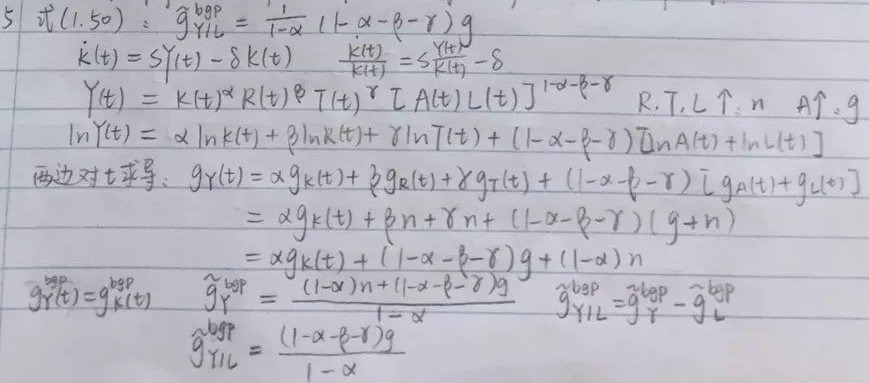
5 式(1.50)：
\(\widetilde{g}_{YIL}^{bsp}=\frac{1}{1 - \alpha}(1-\alpha-\beta - \gamma)g\)

\(\dot{k}(t)=sY(t)-\delta k(t)\)，\(\frac{\dot{k}(t)}{k(t)} = s\frac{Y(t)}{k(t)}-\delta\)

\(Y(t)=K(t)^{\alpha}R(t)^{\beta}T(t)^{\gamma}[A(t)L(t)]^{1 - \alpha-\beta - \gamma}\)，其中\(R\)、\(T\)、\(L\)的增长率为\(n\)，\(A\)的增长率为\(g\)

\(\ln Y(t)=\alpha\ln k(t)+\beta\ln R(t)+\gamma\ln T(t)+(1 - \alpha-\beta - \gamma)[\ln A(t)+\ln L(t)]\)两边对\(t\)求导：
\(\begin{align*}
g_Y(t)&=\alpha g_K(t)+\beta g_R(t)+\gamma g_T(t)+(1 - \alpha-\beta - \gamma)[g_A(t)+g_L(t)]\\
&=\alpha g_K(t)+\beta n+\gamma n+(1 - \alpha-\beta - \gamma)(g + n)\\
&=\alpha g_K(t)+(1 - \alpha-\beta - \gamma)g+(1 - \alpha)n
\end{align*}\)

\(g_Y^{bsp}=g_K^{bsp}\)，\(\widetilde{g}_{Y}^{bsp}=\frac{(1 - \alpha)n+(1 - \alpha-\beta - \gamma)g}{1 - \alpha}\)，\(\widetilde{g}_{YIL}^{bsp}=g_Y^{bsp}-\widetilde{g}_{L}^{bsp}\)
\(\widetilde{g}_{YIL}^{bsp}=\frac{(1 - \alpha-\beta - \gamma)g}{1 - \alpha}\)